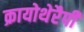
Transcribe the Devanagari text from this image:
क्रायोथेरैपी